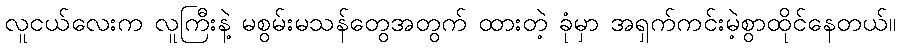
လူငယ်လေးက လူကြီးနဲ့ မစွမ်းမသန်တွေအတွက် ထားတဲ့ ခုံမှာ အရှက်ကင်းမဲ့စွာထိုင်နေတယ်။